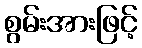
စွမ်းအားဖြင့်